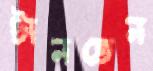
টানতেন